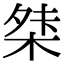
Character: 𭪖